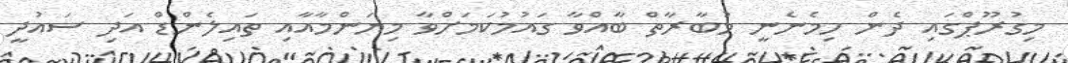
މިގުރޫޕްގައި ދެން ހިމެނެނީ މުބާރާތް ބާއްވާ ގައުމުކަމަށްވާ މިޔަންމާއާއި ތައިލެންޑް އަދި ސައުދީ